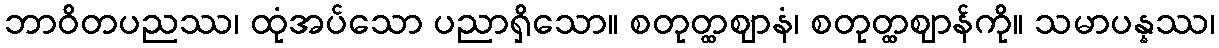
ဘာဝိတပညဿ၊ ထုံအပ်သော ပညာရှိသော။ စတုတ္ထဈာနံ၊ စတုတ္ထဈာန်ကို။ သမာပန္နဿ၊